Indian journal of veterinary science and animal husbandry - Volume 10,
Year: 1940
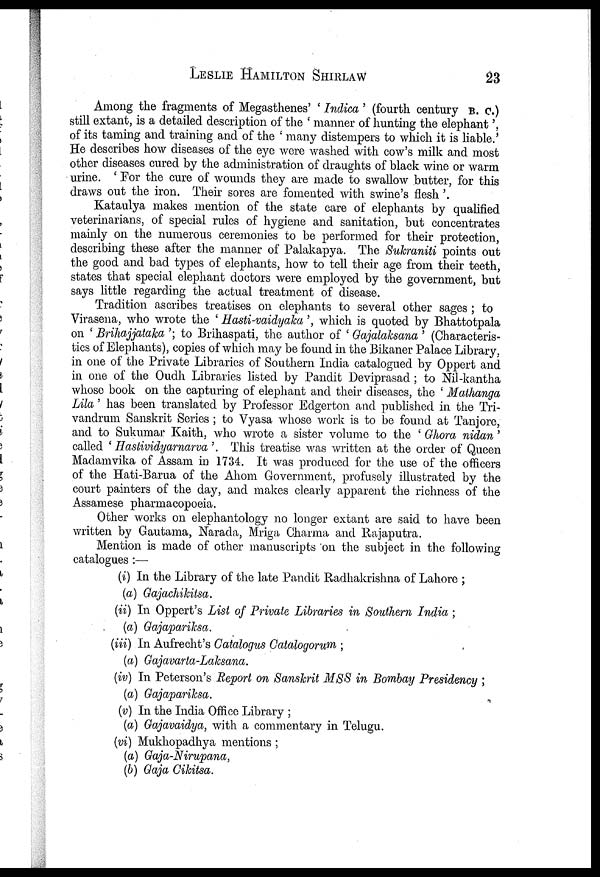
LESLIE
HAMILTON
SHIRLAW
23
Among the fragments of Megasthenes' ' Indica ' (fourth century B. C.)
still extant, is a detailed description of the ' manner of hunting the elephant ',
of its taming and training and of the ' many distempers to which it is liable.'
He describes how diseases of the eye were washed with cow's milk and most
other diseases cured by the administration of draughts of black wine or warm
urine. ' For the cure of wounds they are made to swallow butter, for this
draws out the iron. Their sores are fomented with swine's flesh '.
Kataulya makes mention of the state care of elephants by qualified
veterinarians, of special rules of hygiene and sanitation, but concentrates
mainly on the numerous ceremonies to be performed for their protection,
describing these after the manner of Palakapya. The Sukraniti points out
the good and bad types of elephants, how to tell their age from their teeth,
states that special elephant doctors were employed by the government, but
says little regarding the actual treatment of disease.
Tradition ascribes treatises on elephants to several other sages ; to
Virasena, who wrote the ' Hasti-vaidyaka ', which is quoted by Bhattotpala
on ' Brihajjataka '; to Brihaspati, the author of ' Gajalahsana ' (Characteris-
tics of Elephants), copies of which may be found in the Bikaner Palace Library,
in one of the Private Libraries of Southern India catalogued by Oppert and
in one of the Oudh Libraries listed by Pandit Deviprasad ; to Nil-kantha
whose book on the capturing of elephant and their diseases, the ' Mathanga
Lila' has been translated by Professor Edgerton and published in the Tri¬
vandrum Sanskrit Series ; to Vyasa whose work is to be found at Tanjore,
and to Sukumar Kaith, who wrote a sister volume to the ' Ghora nidan '
called ' Hastividyarnarva '. This treatise was written at the order of Queen
Madamvika of Assam in 1734. It was produced for the use of the officers
of the Hati-Barua of the Ahom Government, profusely illustrated by the
court painters of the day, and makes clearly apparent the richness of the
Assamese pharmacopoeia.
Other works on elephantology no longer extant are said to have been
written by Gautama, Narada, Mriga Charma and Rajaputra.
Mention is made of other manuscripts on the subject in the following
catalogues :—
(i) In the Library of the late Pandit Radhakrishna of Lahore ;
(a) Gajachikitsa.
(ii) In Oppert's List of Private Libraries in Southern India ;
(a) Gajapariksa.
(iii) In Aufrecht's Catalogus Catalogorum ;
(a) Gajavarta-Laksana.
(iv) In Peterson's Report on Sanskrit MSS in Bombay Presidency ;
(a) Gajapariksa.
(v) In the India Office Library ;
(a) Gajavaidya, with a commentary in Telugu.
(vi) Mukhopadhya mentions ;
(a) Gaja-Nirupana,
(b) Gaja Cikitsa.